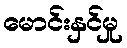
မောင်းနှင်မှု